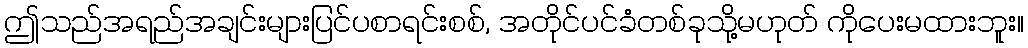
ဤသည်အရည်အချင်းများပြင်ပစာရင်းစစ်, အတိုင်ပင်ခံတစ်ခုသို့မဟုတ် ကိုပေးမထားဘူး။